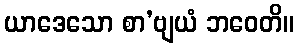
ယာဒေသော စာ’ဗျယံ ဘဝေတိ။